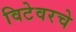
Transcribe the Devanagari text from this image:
विटेवरचे